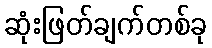
ဆုံးဖြတ်ချက်တစ်ခု